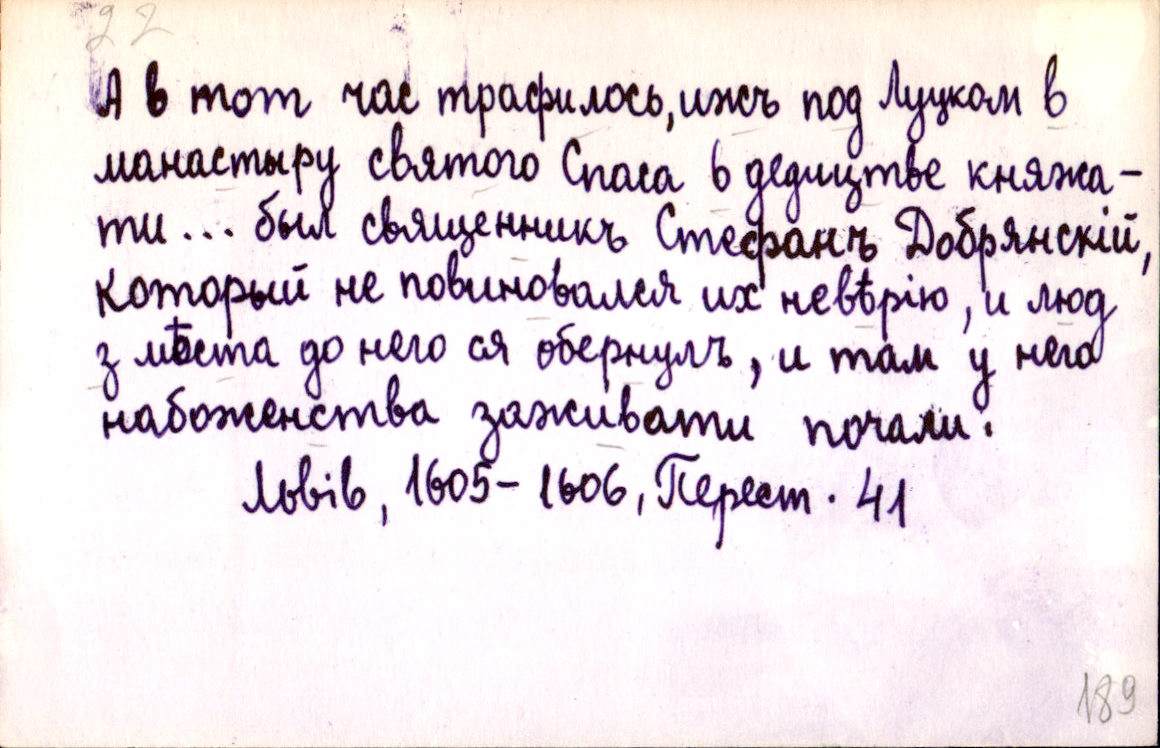
А в тот час трафилось, иж под Луцком в
манастыру святого Спаса в дедицтве княжа-
ти … был священникъ Стефанъ Добрянскій,
который не повиновался их невѣрію, и люд
з мѣста до него ся обернулъ, и там у него
набоженства зажывати почали.
Львів, 1605-1606, Перест. 41